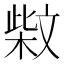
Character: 𰘐